Indian journal of veterinary science and animal husbandry - Volumes 15-17, 1948-1951
Year: 1948
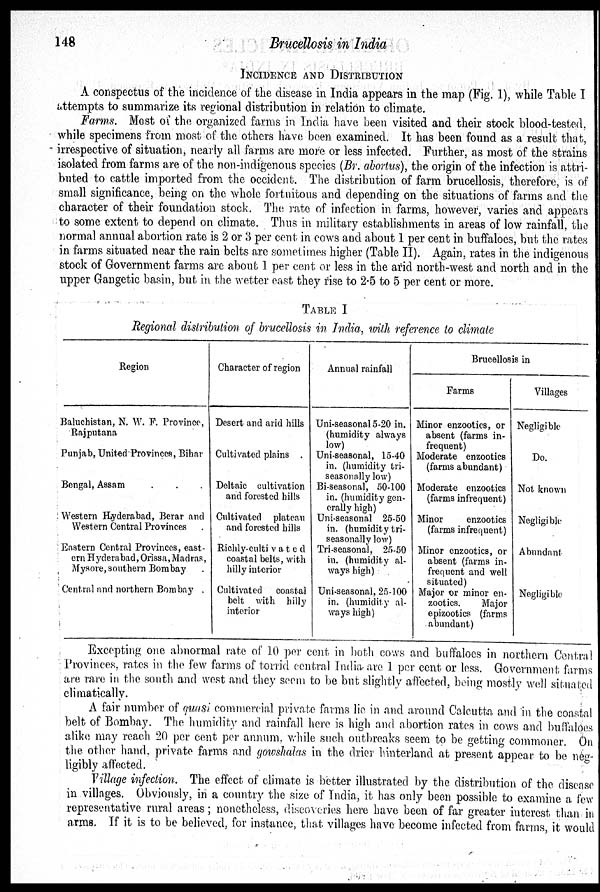
148
Brucellosis in India
INCIDENCE AND DISTRIBUTION
A conspectus of the incidence of the disease in India appears in the map (Fig. 1), while Table I
attempts to summarize its regional distribution in relation to climate.
Farms. Most of the organized farms in India have been visited and their stock blood-tested,
while specimens from most of the others have been examined. It has been found as a result that,
irrespective of situation, nearly all farms are more or less infected. Further, as most of the strains
isolated from farms are of the non-indigenous species (Br. abortus), the origin of the infection is attri-
buted to cattle imported from the occident. The distribution of farm brucellosis, therefore, is of
small significance, being on the whole fortuitous and depending on the situations of farms and the
character of their foundation stock. The rate of infection in farms, however, varies and appears
to some extent to depend on climate. Thus in military establishments in areas of low rainfall, the
normal annual abortion rate is 2 or 3 per cent in cows and about 1 per cent in buffaloes, but the rates
in farms situated near the rain belts are sometimes higher (Table II). Again, rates in the indigenous
stock of Government farms are about 1 per cent or less in the arid north-west and north and in the
upper Gangetic basin, but in the wetter east they rise to 2.5 to 5 per cent or more.
TABLE I
Regional distribution of brucellosis in India, with reference to climate
Region
Baluchistan, N. W. F. Province,
Rajputana
Punjab, United Provinces, Bihar
Bengal, Assam . . .
Western Hyderabad, Berar and
Western Central Provinces .
Eastern Central Provinces, east-
ern Hyderabad, Orissa, Madras,
Mysore, southern Bombay
.
Central and northern Bombay .
Character of region
Desert and arid hills
Cultivated plains .
Deltaic cultivation
and forested hills
Cultivated plateau
and forested hills
Richly-cultivated
coastal belts, with
hilly interior
Cultivated coastal
belt with hilly
interior
Annual rainfall
Uni-seasonal 5-20 in.
(humidity always
low)
Uni-seasonal, 15-40
in. (humidity tri-
seasonally low)
Bi-seasonal, 50-100
in. (humidity gen-
erally high)
Uni-seasonal 25-50
in. (humidity tri-
seasonally low)
Tri-seasonal, 25-50
in. (humidity al-
ways high)
Uni-seasonal, 25-100
in. (humidity al-
ways high)
Brucellosis in
Farms
Minor enzootics, or
absent (farms in-
frequent)
Moderate enzootics
(farms abundant)
Moderate enzootics
(farms infrequent)
Minor
enzootics
(farms infrequent)
Minor enzootics, or
absent (farms in-
frequent and well
situated)
Major or minor en-
zootics.
Major
epizootics (farms
abundant)
Villages
Negligible
Do.
Not known
Negligible
Abundant
Negligible
Excepting one abnormal rate of 10 per cent in both cows and buffaloes in northern Central
Provinces, rates in the few farms of torrid central India are 1 per cent or less. Government farms
are rare in the south and west and they seem to be but slightly affected, being mostly well situated
climatically.
A fair number of quasi commercial private farms lie in and around Calcutta and in the coastal
belt of Bombay. The humidity and rainfall here is high and abortion rates in cows and buffaloes
alike may reach 20 per cent per annum, while such outbreaks seem to be getting commoner. On
the other hand, private farms and gowshalas in the drier hinterland at present appear to be neg-
ligibly affected.
Village infection. The effect of climate is better illustrated by the distribution of the disease
in villages. Obviously, in a country the size of India, it has only been possible to examine a few
representative rural areas; nonetheless, discoveries here have been of far greater interest than in
arms. If it is to be believed, for instance, that villages have become infected from farms, it would